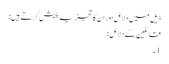
ذیل میں دلائل اور ان کا تجزیہ پیش کرتے ہیں:
قائلین کے دلائل:
1۔